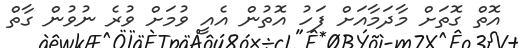
އޮތް ގޮތަށް މާދަމާއަށް ފަހު އޮތުން އެއީ ވުމަށް ވުރެ ނުވުން ގާތް